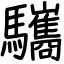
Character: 驨